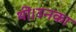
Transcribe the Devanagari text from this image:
थीं।उनका